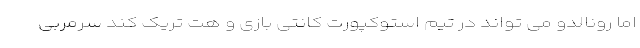
اما رونالدو می تواند در تیم استوکپورت کانتی بازی و هت تریک کند سرمربی